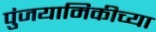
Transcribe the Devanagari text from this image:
पुंजयामिकीच्या